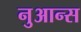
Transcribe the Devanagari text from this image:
नुआन्स